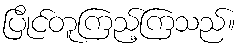
ပြိုင်တူကြည့်ကြသည်။